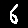
Digit: 6